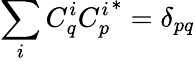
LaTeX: \sum_{i}C_{q}^{i}{C_{p}^{i}}^{*}=\delta_{pq}